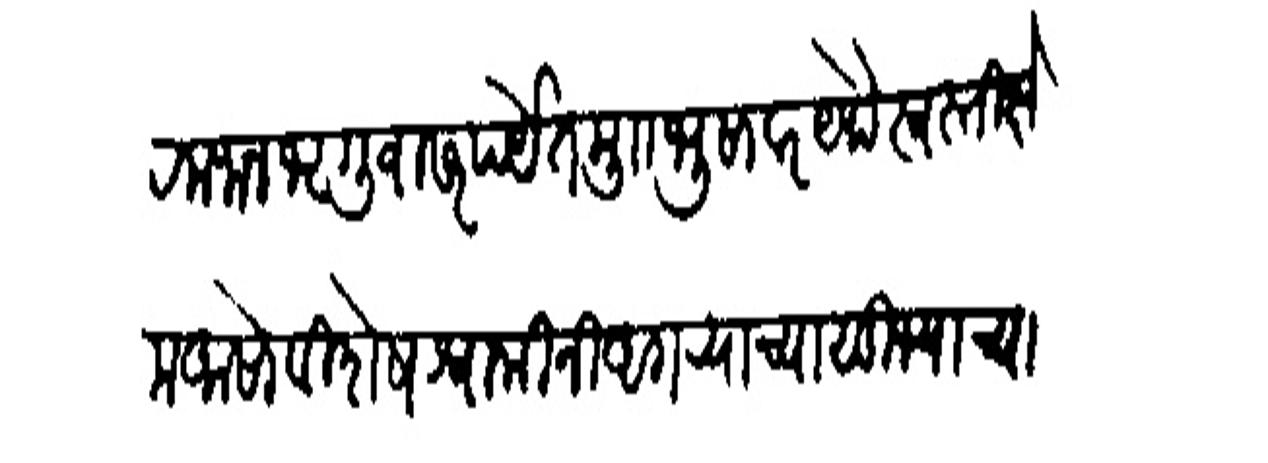
Transliteration (Devanagari): रमजान भृगुवासरपयंत मुग भुसावर येचे स्वस्तीकक्षेम आसो विशेष श्र्वामीनी अगऱ्याच्या सुम्याच्या